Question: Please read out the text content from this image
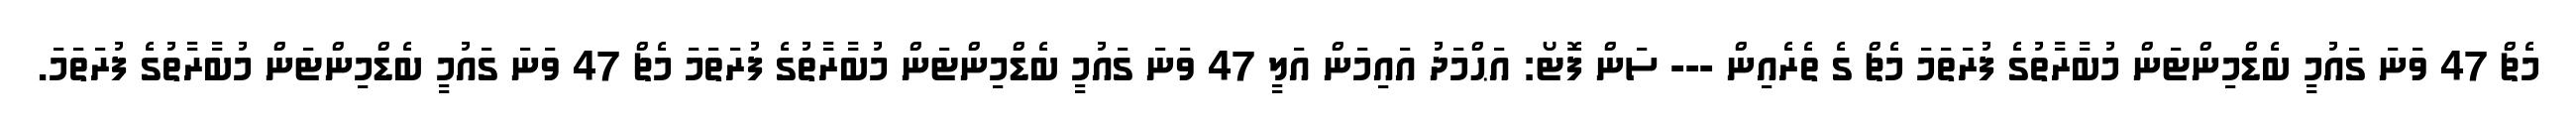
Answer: މެޗް 47 ވަނަ ގައުމީ ބެޑްމިންޓަން މުބާރާތުގެ ފުރަތަމަ މެޗް ގެ ތެރެއިން --- ސަން ފޮޓޯ: އަޙްމަދު އައިމަން އަލީ 47 ވަނަ ގައުމީ ބެޑްމިންޓަން މުބާރާތުގެ ފުރަތަމަ މެޗް 47 ވަނަ ގައުމީ ބެޑްމިންޓަން މުބާރާތުގެ ފުރަތަމަ.